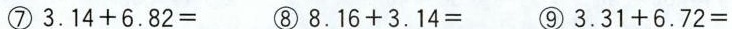
(7) 3.14+6.82=⑧8.16+3.14= ⑨3.31+6.72=